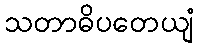
သတာဓိပတေယျံ